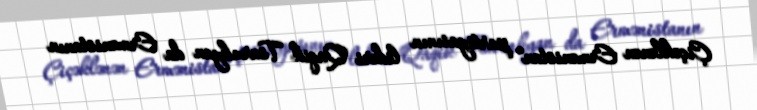
Çiçəklənən Ermənistan" partiyasının lideri Qaqik Tsarukyan da Ermənistanın